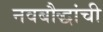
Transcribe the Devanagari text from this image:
नवबौद्धांची